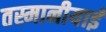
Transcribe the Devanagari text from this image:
तस्मानीयाई